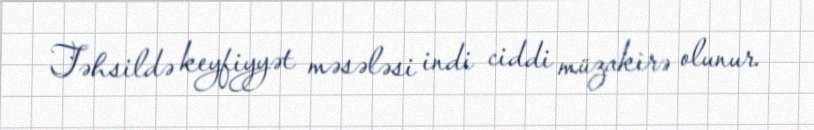
Təhsildə keyfiyyət məsələsi indi ciddi müzakirə olunur.